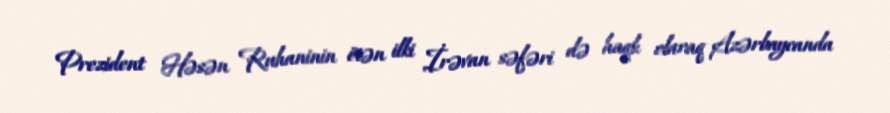
Prezident Həsən Ruhaninin ötən ilki İrəvan səfəri də haqlı olaraq Azərbaycanda